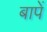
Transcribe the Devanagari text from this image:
बापें